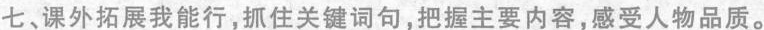
七、课外拓展我能行，抓住关键词句，把握主要内容，感受人物品质。